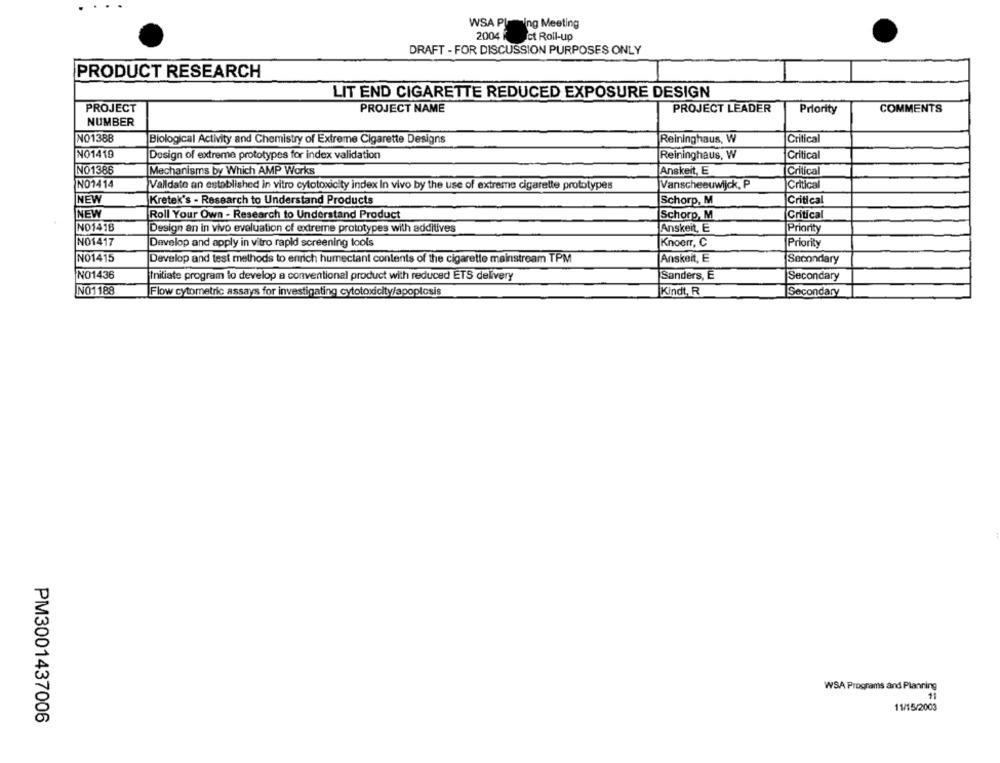
WSA Pling Meeting
2004
ct Roll-up
DRAFT - FOR DISCUSSION PURPOSES ONLY
PRODUCT RESEARCH
LIT END CIGARETTE REDUCED EXPOSURE DESIGN
PROJECT
PROJECT NAME
PROJECT LEADER
Priority
COMMENTS
NUMBER
NO1388
Critical
Biological Activity and Chemistry of Extreme Cigarette Designs
Reininghaus, W
NO1419
Design of extreme prototypes for index validation
Reininghaus, W
Critical
NO1386
Mechanisms by Which AMP Works
Anskeit, E
Critical
NO1414
Critical
Valldate an established in vitro cytotoxicity index In vivo by the use of extreme cigarette prototypes
Vanscheeuwijck, P
NEW
Kretek's - Research to Understand Products
Schorp, M
Critical
NEW
Critical
Roll Your Own - Research to Understand Product
Schoro, M
NO1418
Design an in vivo evaluation of extreme prototypes with additives
Anskeit, E
Priority
NO1417
Develop and apply in vitro rapid screening tools
Knoerr, C
Priority
NO1415
Develop and test methods to enrich humectant contents of the cigarette mainstream TPM
Anskeit, E
Secondary
NO1436
Sanders, E
Initiate program to develop a conventional product with reduced ETS delivery
Secondary
Flow cytometric assays for investigating cytotoxicity/apoplosis
Kindt, R
NO1188
Secondary
WSA Programs and Planning
11
11/15/2003
PM3001437006